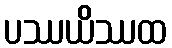
ပဿယိဿထ